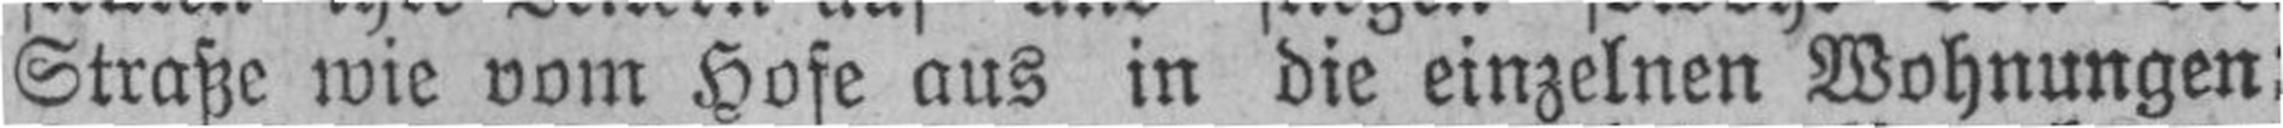
Straße wie vom Hofe aus in die einzelnen Wohnungen